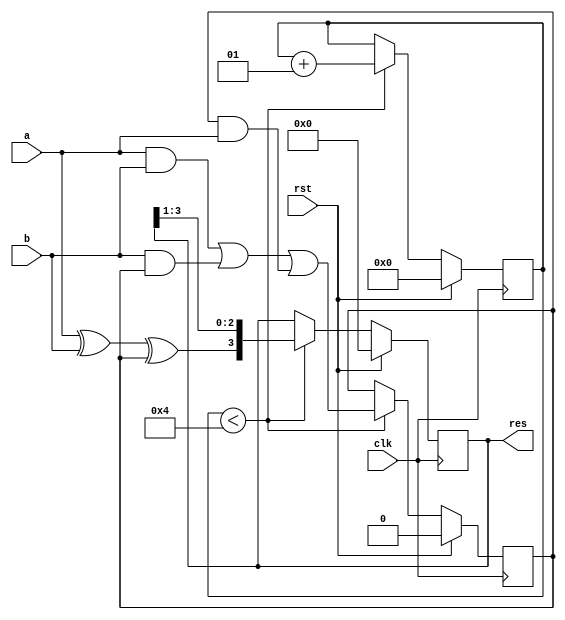
`timescale 1ns / 1ps
//////////////////////////////////////////////////////////////////////////////////
// Company:        Code-Tronix
// 
// Design Name:    Serial Adder Model
// Module Name:    seadd 
// Project Name: 
// Target Devices: 
// Tool versions: 
// Description: 
//
// Dependencies: 
//
// Revision: 
// Revision 0.01 - File Created
// Additional Comments: 
//
//////////////////////////////////////////////////////////////////////////////////

//Serial Adder Module
module seadd(a,b,clk,rst, res);
    input a,b,clk,rst;
    output [03:0] res;
	 reg [03:0] res;
	 reg sum,carry;
	 integer count;
	 initial count=4;
	 always@(negedge clk)
	 begin
		if(rst)
		begin
			carry=0;count=0;res=0;
		end
		else
		begin
			if(count<4)
			begin
				count=count+1;
				sum=a^b^carry;
				carry=(a&b)|(b&carry)|(carry&a);
			   res={sum,res[3:1]};
			end
		end
	 end
endmodule

//Test bench Module
module tb();
reg ta,tb,tclk,trst;
wire [3:0]tres;
seadd ad(.a(ta),.b(tb),.res(tres),.clk(tclk),.rst(trst));
initial
begin
	$monitor(ta,tb,trst,tclk,tres);
	tclk=1;
	ta=0;tb=1;
	#2 trst=1;
	#5 trst=0;
end
always #5 tclk=~tclk;
always #5 ta=~ta;
always #5 tb=~tb;
endmodule